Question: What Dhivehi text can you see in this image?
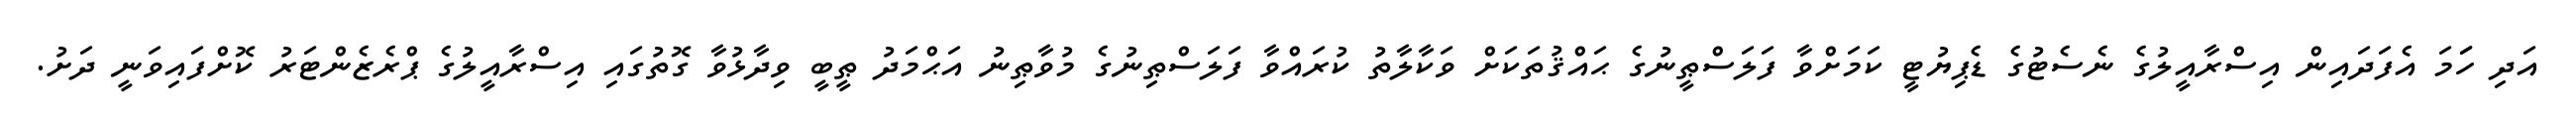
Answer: އަދި ހަަމަ އެފަދައިން އިސްރާއީލުގެ ނެސެޓުގެ ޑެޕިޔުޓީ ކަމަށްވާ ފަލަސްޠީނުގެ ޙައްޤުތަކަށް ވަކާލާތު ކުރައްވާ ފަލަސްޠިނުގެ މުވާޠިނު އަޙްމަދު ޠީބީ ވިދާޅުވާ ގޮތުގައި އިސްރާއީލުގެ ޕްރެޒެންޓަރު ކޮށްފައިވަނީ ދަށު.